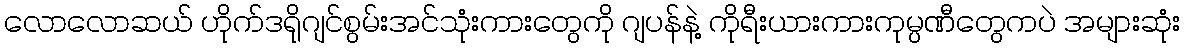
လောလောဆယ် ဟိုက်ဒရိုဂျင်စွမ်းအင်သုံးကားတွေကို ဂျပန်နဲ့ ကိုရီးယားကားကုမ္ပဏီတွေကပဲ အများဆုံး